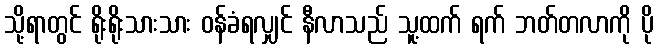
သို့ရာတွင် ရိုးရိုးသားသား ဝန်ခံရလျှင် နီလာသည် သူ့ထက် ရက် ဘတ်တလာကို ပို